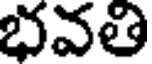
భవతి